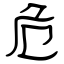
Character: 危